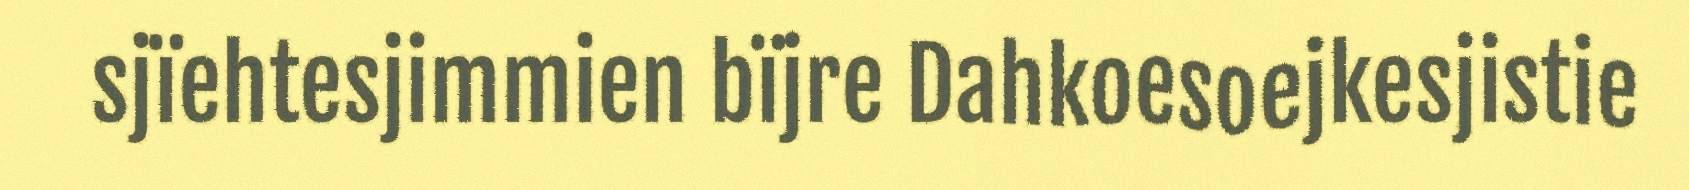
sjïehtesjimmien bïjre Dahkoesoejkesjistie